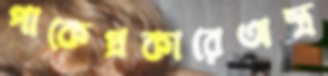
পাকেপ্রকারেঅস্ত্র